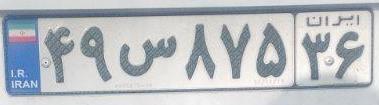
۴۹س۸۷۵۳۶